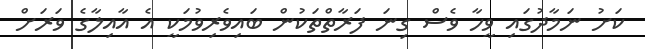
ކަށު ނަމާދުގައި ވީހާ ވެސް ގިނަ ފަރާތްތަކުން ބައިވެރިވުމަކީ އެ އާއިލާގެ ވަރަށް